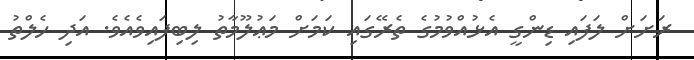
ރަށަށް ލަފައި ޑިންގީ އެޅުއްވުމުގެ ތެރޭގައި ކަމަށް މަޢުލޫމާތު ލިބިފައިވެއެވެ. އަދި ހެލްތު